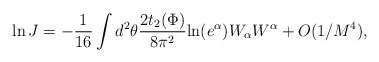
\begin{align*}\ln J = -\frac{1}{16} \int d^{2} \theta \frac{2 t_2(\Phi)}{8 \pi^2} \mbox{ln}(e^\alpha) W_{\alpha} W^{\alpha} + O(1/M^4),\end{align*}